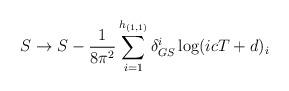
LaTeX: \begin{align*}S \rightarrow S - \frac{1}{8 \pi^2} \sum_{i=1}^{h_{(1,1)}} \delta^i_{GS} \log(icT + d)_i \end{align*}